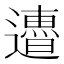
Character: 𨘜